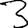
Digit: 3